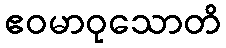
ဧဝမာဝုသောတိ